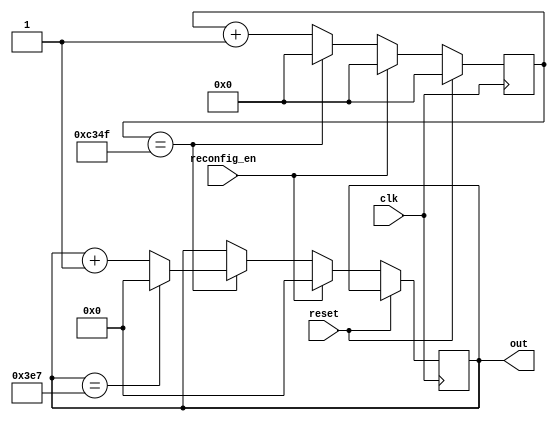
//------------------
// 
//-----------------
module mil_sec_for_min(
					input      wire                reconfig_en,
					input      wire                clk,
					input      wire                reset,
					output     reg     [9:0]       out 
);

 // 
reg[15:0] count_clk = 16'b0; // 


initial begin
  out <= 10'b0;
end

always @(posedge clk) begin
	if (reset) begin   
    count_clk <= 16'b0;
	end else if (reconfig_en) begin
		count_clk <= 0;
		out       <= 10'b0;
   end else begin    
     if (count_clk == 49_999) begin
       count_clk <= 16'b0; 
       if (out == 999) begin
			 out <= 10'b0;
       end else begin
			 out <= out + 1;
		 end	
     end else begin
		 count_clk <= count_clk + 1;
	  end
   end  
end 

endmodule